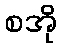
စအို